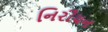
નિરીયન